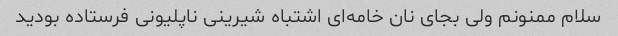
سلام ممنونم ولی بجای نان خامه‌ای اشتباه شیرینی ناپلیونی فرستاده بودید